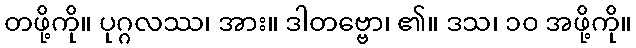
တဖို့ကို။ ပုဂ္ဂလဿ၊ အား။ ဒါတဗ္ဗော၊ ၏။ ဒသ၊ ၁၀ အဖို့ကို။